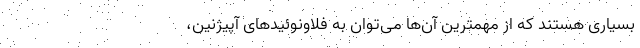
بسیاری هستند که از مهمترین آن‌ها می‌توان به فلاونوئید‌های آپیژنین،